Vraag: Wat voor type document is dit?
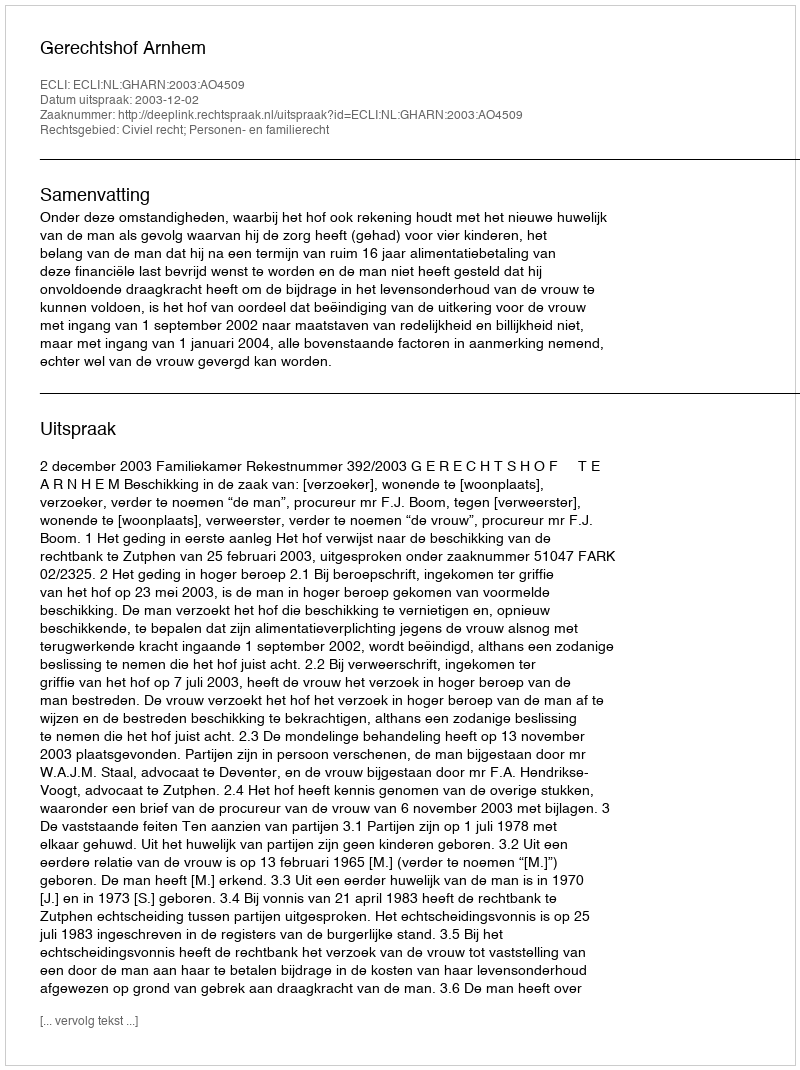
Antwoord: Uitspraak